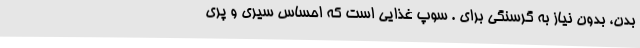
بدن، بدون نیاز به گرسنگی برای . سوپ غذایی است که احساس سیری و پری